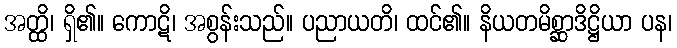
အတ္ထိ၊ ရှိ၏။ ကောဋိ၊ အစွန်းသည်။ ပညာယတိ၊ ထင်၏။ နိယတမိစ္ဆာဒိဋ္ဌိယာ ပန၊